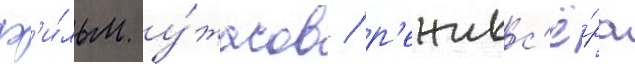
ф'и́льм у́жасов / р'ежисс'ё́ра